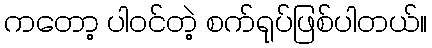
ကတော့ ပါဝင်တဲ့ စက်ရုပ်ဖြစ်ပါတယ်။